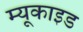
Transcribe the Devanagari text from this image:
म्यूकाइड